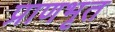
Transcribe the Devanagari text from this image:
प्राणभृत